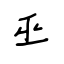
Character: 巫